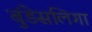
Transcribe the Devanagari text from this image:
बुंडेसलिगा